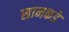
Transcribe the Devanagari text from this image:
सामकडे